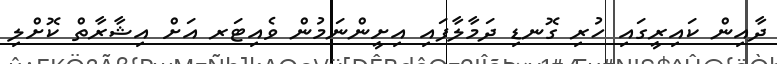
ދާއިން ކައިރީގައި ހުރި ގޮނޑި ދަމާލާފައި އިށީންނަމުން ވެއިޓަރ އަށް އިޝާރާތް ކޮށްލި